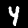
Digit: 4